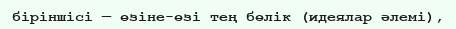
біріншісі — өзіне-өзі тең бөлік (идеялар әлемі),